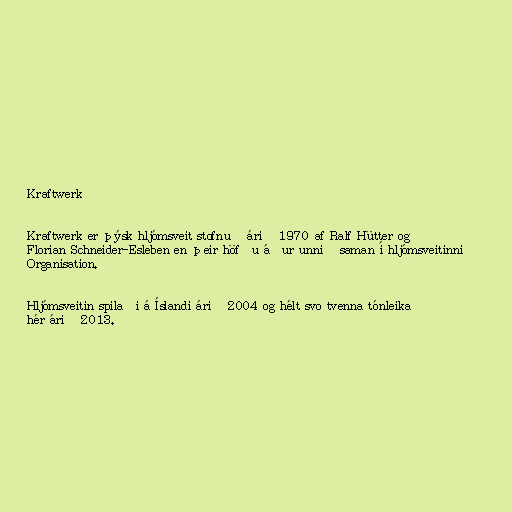
Kraftwerk

Kraftwerk er þýsk hljómsveit stofnuð árið 1970 af Ralf Hütter og
Florian Schneider-Esleben en þeir höfðu áður unnið saman í hljómsveitinni
Organisation.

Hljómsveitin spilaði á Íslandi árið 2004 og hélt svo tvenna tónleika
hér árið 2013.